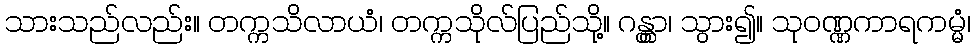
သားသည်လည်း။ တက္ကသိလာယံ၊ တက္ကသိုလ်ပြည်သို့။ ဂန္တွာ၊ သွား၍။ သုဝဏ္ဏကာရကမ္မံ၊